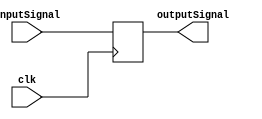
/**************************************************************************************************
*                  <2019> Interceptor
*          Please refer to license.txt for the 
*          legal contents of this software build
***************************************************************************************************
*Project:          Verilog Modules
*Description:      This file takes one input, a clock and outputs one signal
***************************************************************************************************
*Change History:
*   Version        Date            Author          Description
*   -------        ----            ------          -----------
*   1.0            29/01/18        Rubber-Duck-999 Creation of file
*
***************************************************************************************************
*Logic table:
*   Input 1    |    Clock      |    Output
*   -----      |    -----      |    ------
*   0          |    0          |    0
*   0          |    1          |    0
*   1          |    0          |    0
*   1          |    1          |    1
*   0          |    0          |    1
*   0          |    1          |    0
*
***************************************************************************************************
*Parameters:
*   Name              Direction       Description
*   ----              ---------       ----
*   inputSignal       Input           This is the input signal
*   clk               Input           This is the clock signal
*   outputSignal      Output          This is the output boolean signal 
*
***************************************************************************************************/
module MUX8_1
(
    inputSignal,
	clk,
    outputSignal
);

input  inputSignal;
input  clk;

output outputSignal;

reg    outputSignal;

always @(posedge clk)
  begin
    outputSignal = inputSignal;
  end
endmodule